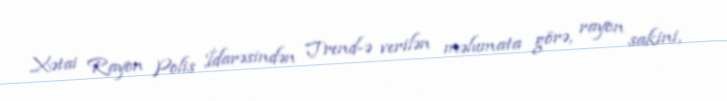
Xətai Rayon Polis İdarəsindən Trend-ə verilən məlumata görə, rayon sakini,